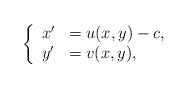
LaTeX: \begin{align*}\left\{\begin{array}{lll} x'&=u(x,y)-c,\\ y'&=v(x,y),\end{array} \right.\end{align*}